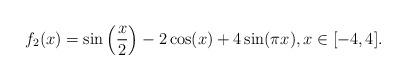
LaTeX: \begin{align*} f_2(x) = \sin\left(\frac{x}{2}\right) - 2 \cos(x) + 4\sin(\pi x), x \in [-4, 4].\end{align*}